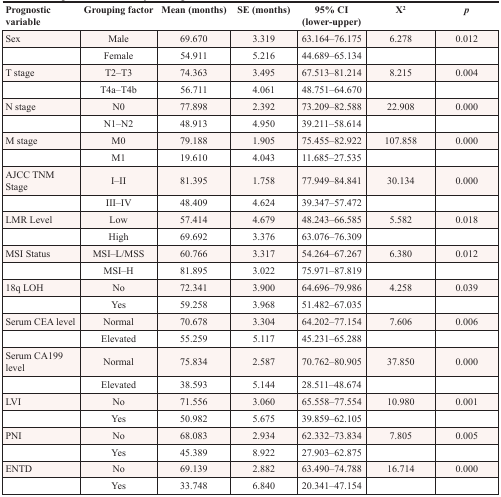
<table><thead><tr><td><b>Prognostic variable</b></td><td><b>Grouping factor</b></td><td><b>Mean (months)</b></td><td><b>SE (months)</b></td><td><b>95% CI (lower-upper)</b></td><td><b>X<sup>2</sup></b></td><td><b><i>p</i></b></td></tr></thead><tbody><tr><td>Sex</td><td>Male</td><td>69.670</td><td>3.319</td><td>63.164–76.175</td><td>6.278</td><td>0.012</td></tr><tr><td></td><td>Female</td><td>54.911</td><td>5.216</td><td>44.689–65.134</td><td></td><td></td></tr><tr><td>T stage</td><td>T2–T3</td><td>74.363</td><td>3.495</td><td>67.513–81.214</td><td>8.215</td><td>0.004</td></tr><tr><td></td><td>T4a–T4b</td><td>56.711</td><td>4.061</td><td>48.751–64.670</td><td></td><td></td></tr><tr><td>N stage</td><td>N0</td><td>77.898</td><td>2.392</td><td>73.209–82.588</td><td>22.908</td><td>0.000</td></tr><tr><td></td><td>N1–N2</td><td>48.913</td><td>4.950</td><td>39.211–58.614</td><td></td><td></td></tr><tr><td>M stage</td><td>M0</td><td>79.188</td><td>1.905</td><td>75.455–82.922</td><td>107.858</td><td>0.000</td></tr><tr><td></td><td>M1</td><td>19.610</td><td>4.043</td><td>11.685–27.535</td><td></td><td></td></tr><tr><td>AJCC TNM Stage</td><td>I–II</td><td>81.395</td><td>1.758</td><td>77.949–84.841</td><td>30.134</td><td>0.000</td></tr><tr><td></td><td>III–IV</td><td>48.409</td><td>4.624</td><td>39.347–57.472</td><td></td><td></td></tr><tr><td>LMR Level</td><td>Low</td><td>57.414</td><td>4.679</td><td>48.243–66.585</td><td>5.582</td><td>0.018</td></tr><tr><td></td><td>High</td><td>69.692</td><td>3.376</td><td>63.076–76.309</td><td></td><td></td></tr><tr><td>MSI Status</td><td>MSI–L/MSS</td><td>60.766</td><td>3.317</td><td>54.264–67.267</td><td>6.380</td><td>0.012</td></tr><tr><td></td><td>MSI–H</td><td>81.895</td><td>3.022</td><td>75.971–87.819</td><td></td><td></td></tr><tr><td>18q LOH</td><td>No</td><td>72.341</td><td>3.900</td><td>64.696–79.986</td><td>4.258</td><td>0.039</td></tr><tr><td></td><td>Yes</td><td>59.258</td><td>3.968</td><td>51.482–67.035</td><td></td><td></td></tr><tr><td>Serum CEA level</td><td>Normal</td><td>70.678</td><td>3.304</td><td>64.202–77.154</td><td>7.606</td><td>0.006</td></tr><tr><td></td><td>Elevated</td><td>55.259</td><td>5.117</td><td>45.231–65.288</td><td></td><td></td></tr><tr><td>Serum CA199 level</td><td>Normal</td><td>75.834</td><td>2.587</td><td>70.762–80.905</td><td>37.850</td><td>0.000</td></tr><tr><td></td><td>Elevated</td><td>38.593</td><td>5.144</td><td>28.511–48.674</td><td></td><td></td></tr><tr><td>LVI</td><td>No</td><td>71.556</td><td>3.060</td><td>65.558–77.554</td><td>10.980</td><td>0.001</td></tr><tr><td></td><td>Yes</td><td>50.982</td><td>5.675</td><td>39.859–62.105</td><td></td><td></td></tr><tr><td>PNI</td><td>No</td><td>68.083</td><td>2.934</td><td>62.332–73.834</td><td>7.805</td><td>0.005</td></tr><tr><td></td><td>Yes</td><td>45.389</td><td>8.922</td><td>27.903–62.875</td><td></td><td></td></tr><tr><td>ENTD</td><td>No</td><td>69.139</td><td>2.882</td><td>63.490–74.788</td><td>16.714</td><td>0.000</td></tr><tr><td></td><td>Yes</td><td>33.748</td><td>6.840</td><td>20.341–47.154</td><td></td><td></td></tr></tbody></table>